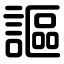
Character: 謳